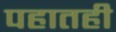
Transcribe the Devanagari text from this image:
पहातही